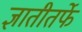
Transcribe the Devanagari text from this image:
ज्ञातीतर्फे